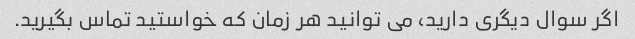
اگر سوال دیگری دارید، می توانید هر زمان که خواستید تماس بگیرید.